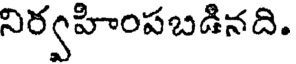
నిర్వహింపబడినది.